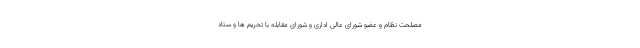
مصلحت نظام و عضو شورای عالی اداری و شورای مقابله با تحریم ها و ستاد